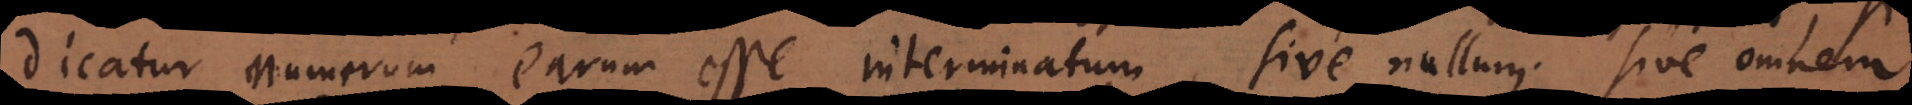
dicatur numerum [eorum] esse interminatum, sive nullum, sive omnem